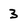
Character: 3